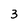
Character: 3